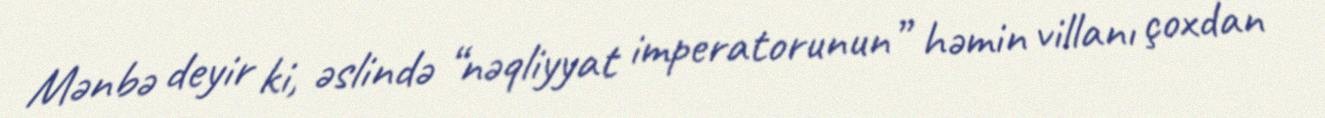
Mənbə deyir ki, əslində “nəqliyyat imperatorunun” həmin villanı çoxdan